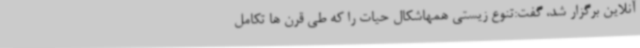
آنلاین برگزار شد، گفت:تنوع زیستی همهاشکال حیات را که طی قرن ها تکامل